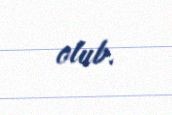
olub.